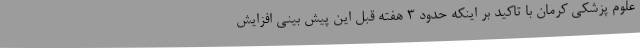
علوم پزشکی کرمان با تاکید بر اینکه حدود 3 هفته قبل این پیش بینی افزایش